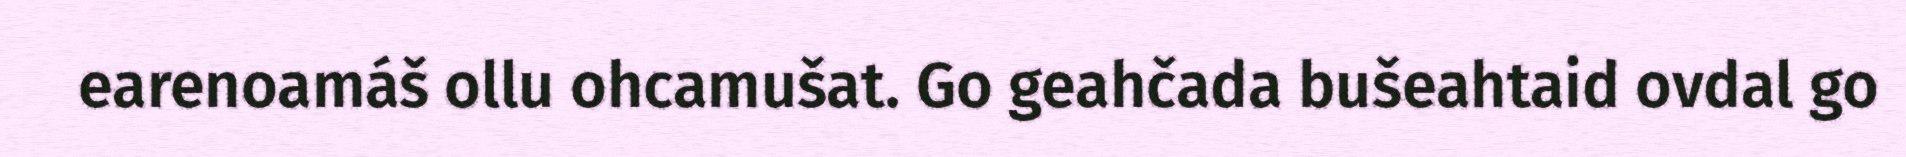
earenoamáš ollu ohcamušat. Go geahčada bušeahtaid ovdal go